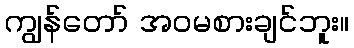
ကျွန်တော် အဝမစားချင်ဘူး။